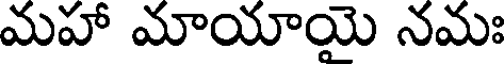
మహా మాయాయై నమః